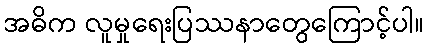
အဓိက လူမှုရေးပြဿနာတွေကြောင့်ပါ။